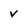
Character: v